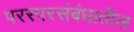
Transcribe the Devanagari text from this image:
परस्परसंबंधातील